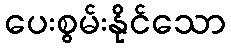
ပေးစွမ်းနိုင်သော